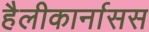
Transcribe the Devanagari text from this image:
हैलीकार्नासस